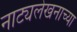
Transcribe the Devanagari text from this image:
नाट्यलेखनाच्या